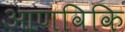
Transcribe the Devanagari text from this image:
आणविकि